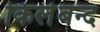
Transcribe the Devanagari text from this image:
किलेबन्द